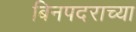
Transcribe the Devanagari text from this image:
बिनपदराच्या